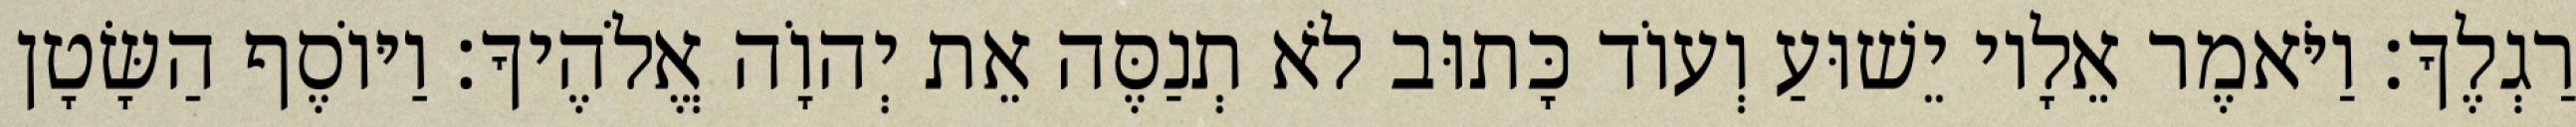
רַגְלֶךָ׃ וַיֹּאמֶר אֵלָיו יֵשׁוּעַ וְעוֹד כָּתוּב לֹא תְנַסֶּה אֵת יְהוָֹה אֱלֹהֶיךָ׃ וַיּוֹסֶף הַשָּׂטָן